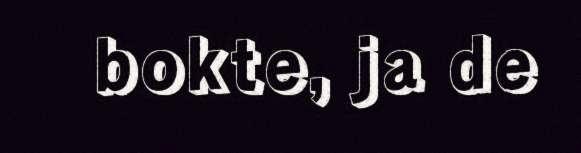
bokte, ja de